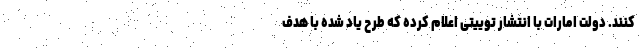
کنند. دولت امارات با انتشار توییتی اعلام کرده که طرح یاد شده با هدف